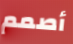
أصمم